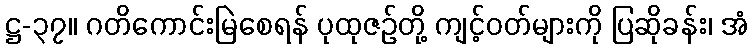
ဋ္ဌ-၃၇။ ဂတိကောင်းမြဲစေရန် ပုထုဇဉ်တို့ ကျင့်ဝတ်များကို ပြဆိုခန်း၊ အံ